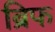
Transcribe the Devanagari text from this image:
ब्रिफ